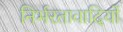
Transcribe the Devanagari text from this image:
निर्भरतावादियों